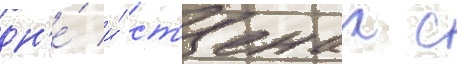
дн'е́ и́ ст'енах с